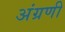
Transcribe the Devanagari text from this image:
अंग्रणी